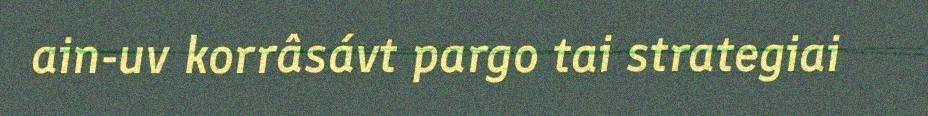
ain-uv korrâsávt pargo tai strategiai